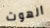
الهوت